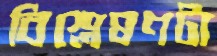
বিশ্লেষণটা